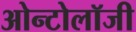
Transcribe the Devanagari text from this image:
ओन्टोलॉजी